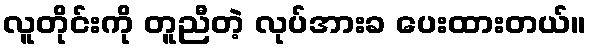
လူတိုင်းကို တူညီတဲ့ လုပ်အားခ ပေးထားတယ်။